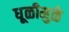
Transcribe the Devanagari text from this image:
धूळीमुळे